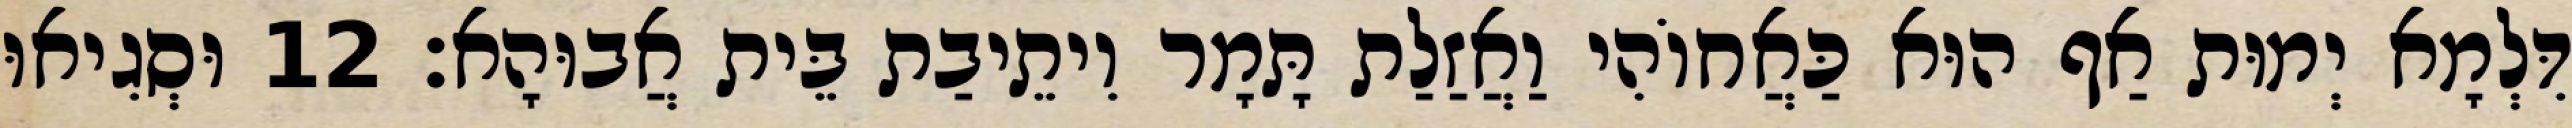
דִּלְמָא יְמוּת אַף הוּא כַּאֲחוֹהִי וַאֲזַלַת תָּמָר וִיתֵיבַת בֵּית אֲבוּהָא׃ 12 וּסְגִיאוּ